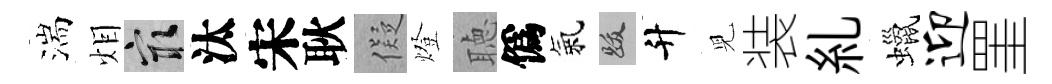
湍𤇆冣汰宋耿儗燈聴僞氣跋升児装糺蠟迎罣